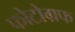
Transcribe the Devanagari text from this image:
फोटोग्रफ